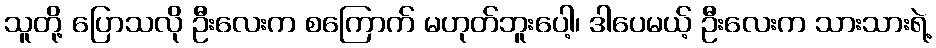
သူတို့ ပြောသလို ဦးလေးက စကြောက် မဟုတ်ဘူးပေါ့၊ ဒါပေမယ့် ဦးလေးက သားသားရဲ့